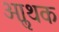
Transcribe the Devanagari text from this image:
आॢथक